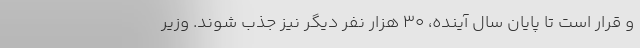
و قرار است تا پایان سال آینده، ۳۰ هزار نفر دیگر نیز جذب شوند. وزیر